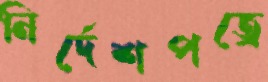
নির্দেশপত্রে